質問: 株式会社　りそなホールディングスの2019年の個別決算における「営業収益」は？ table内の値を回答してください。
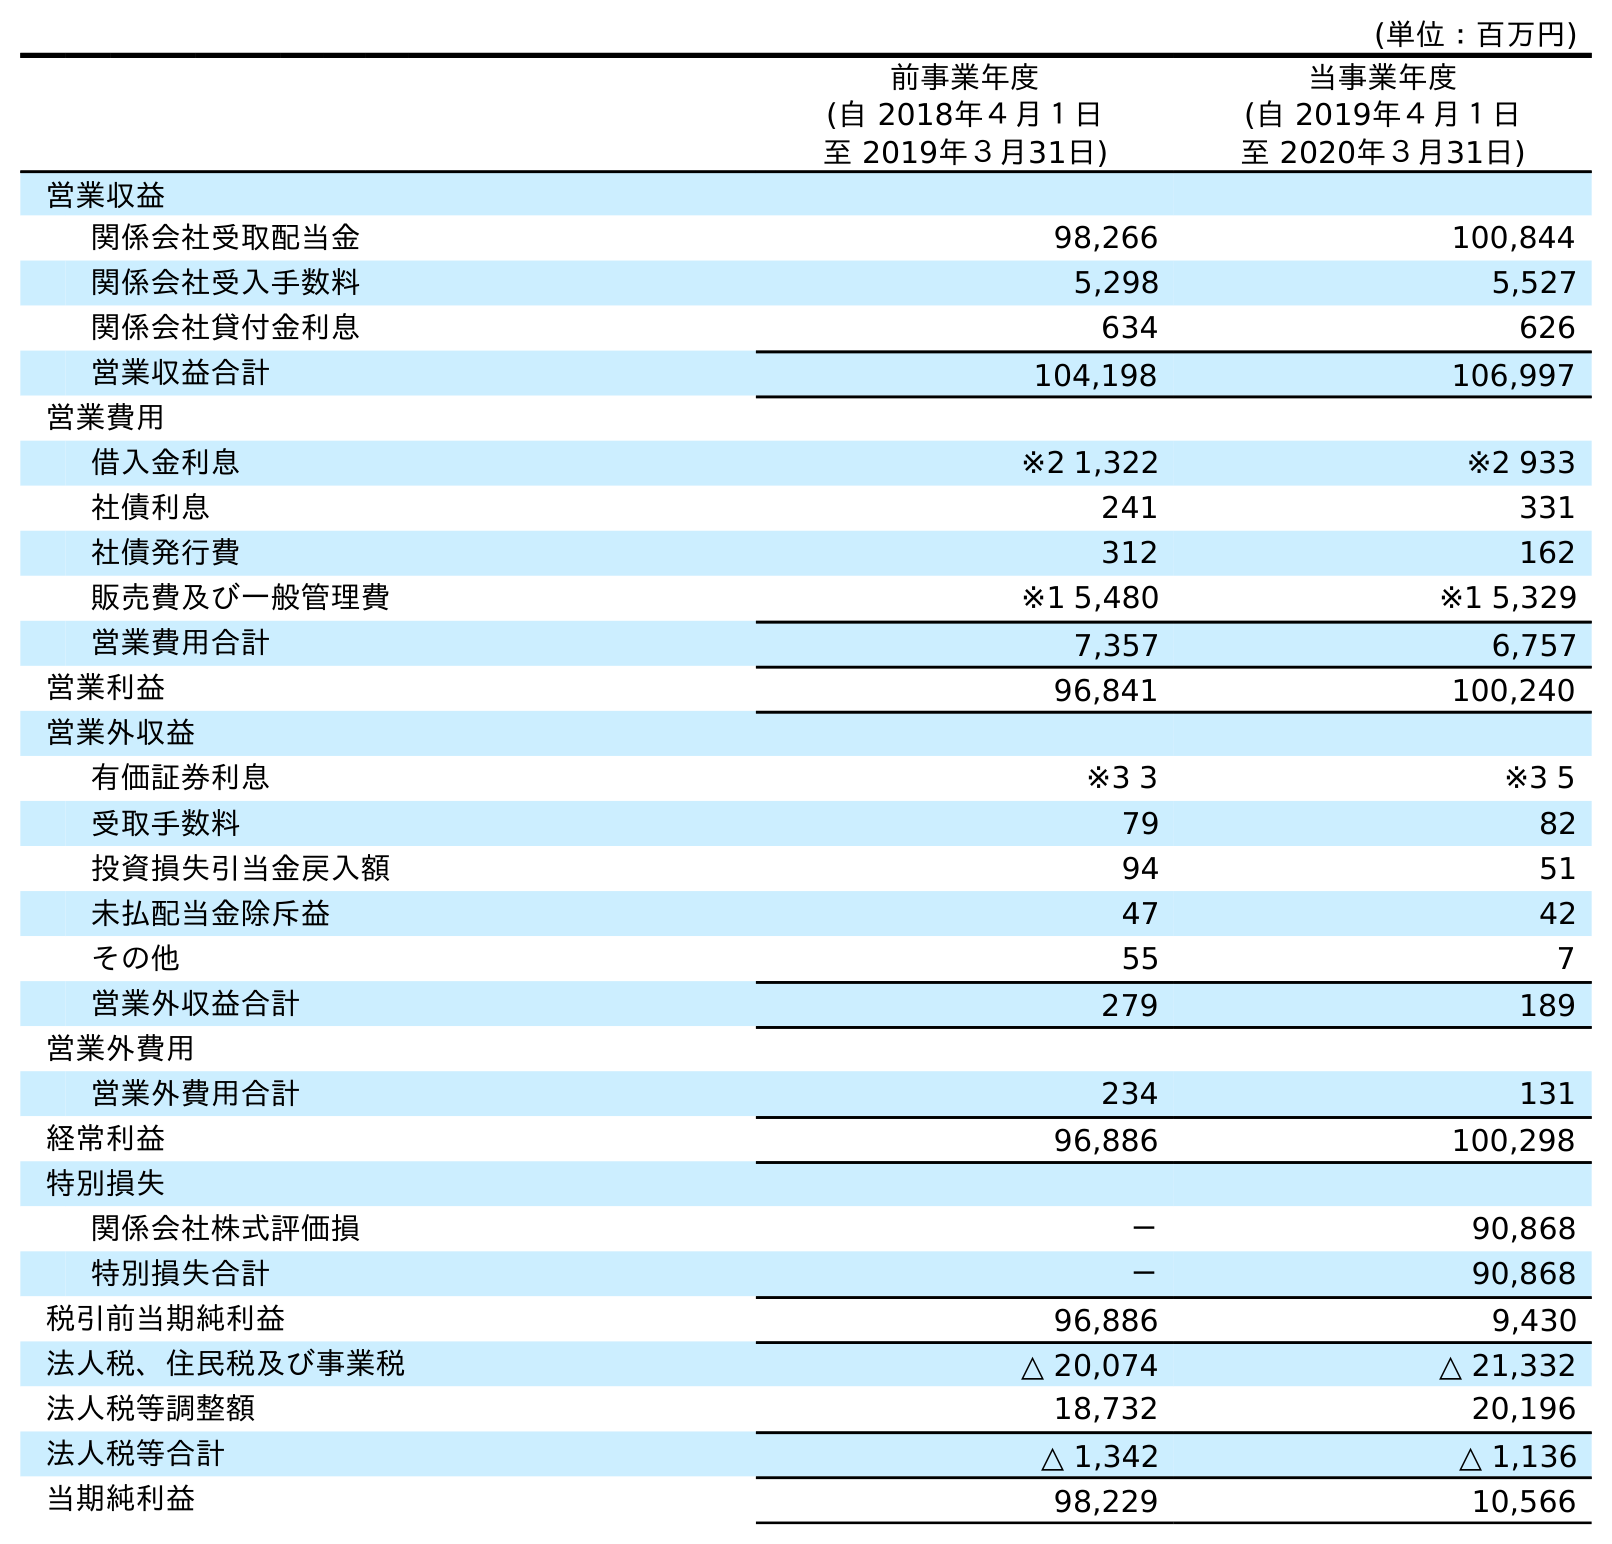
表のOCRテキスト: (単位：百万円) 前事業年度 (自 2018年４月１日 至 2019年３月31日) 当事業年度 (自 2019年４月１日 至 2020年３月31日) 営業収益 関係会社受取配当金 98,266 100,844 関係会社受入手数料 5,298 5,527 関係会社貸付金利息 634 626 営業収益合計 104,198 106,997 営業費用 借入金利息 ※2 1,322 ※2 933 社債利息 241 331 社債発行費 312 162 販売費及び一般管理費 ※1 5,480 ※1 5,329 営業費用合計 7,357 6,757 営業利益 96,841 100,240 営業外収益 有価証券利息 ※3 3 ※3 5 受取手数料 79 82 投資損失引当金戻入額 94 51 未払配当金除斥益 47 42 その他 55 7 営業外収益合計 279 189 営業外費用 営業外費用合計 234 131 経常利益 96,886 100,298 特別損失 関係会社株式評価損 － 90,868 特別損失合計 － 90,868 税引前当期純利益 96,886 9,430 法人税、住民税及び事業税 △ 20,074 △ 21,332 法人税等調整額 18,732 20,196 法人税等合計 △ 1,342 △ 1,136 当期純利益 98,229 10,566
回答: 104,198